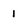
Character: 1